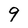
Character: 9